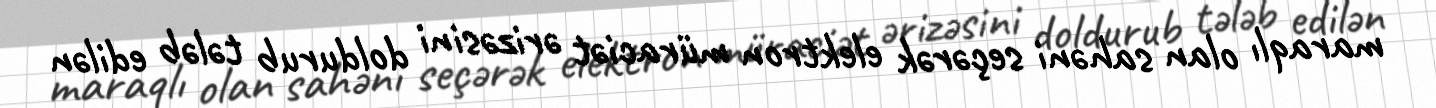
maraqlı olan sahəni seçərək elektron müraciət ərizəsini doldurub tələb edilən